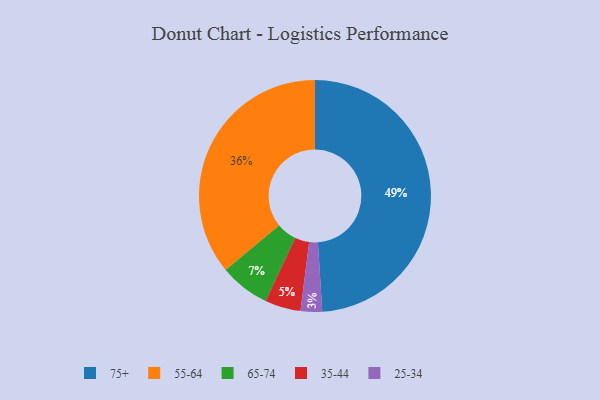
{"axis": {"x": "Category", "y": "Percentage"}, "legend": ["25-34", "35-44", "55-64", "65-74", "75+"], "data": [{"x": "75+", "y": 49, "type": "75+"}, {"x": "65-74", "y": 7, "type": "65-74"}, {"x": "35-44", "y": 5, "type": "35-44"}, {"x": "25-34", "y": 3, "type": "25-34"}, {"x": "55-64", "y": 36, "type": "55-64"}]}